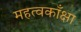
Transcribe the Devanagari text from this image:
महत्वकाँक्षा